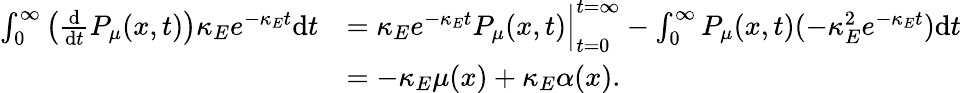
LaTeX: \begin{array}{rl}{\int_{0}^{\infty}\left(\frac{\mathrm d}{\mathrm dt}P_{\mu}(x,t)\right)\kappa_{E}e^{-\kappa_{E}t}\mathrm dt}&{=\kappa_{E}e^{-\kappa_{E}t}P_{\mu}(x,t)\Big|_{t=0}^{t=\infty}-\int_{0}^{\infty}P_{\mu}(x,t)(-\kappa_{E}^{2}e^{-\kappa_{E}t})\mathrm dt}\\ &{=-\kappa_{E}\mu(x)+\kappa_{E}\alpha(x).}\end{array}